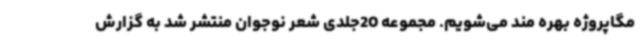
مگاپروژه بهره مند می‌شویم. مجموعه 20جلدی شعر نوجوان منتشر شد به گزارش